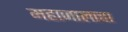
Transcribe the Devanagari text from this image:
महाजालाचा